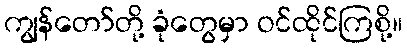
ကျွန်တော်တို့ ခုံတွေမှာ ဝင်ထိုင်ကြစို့။